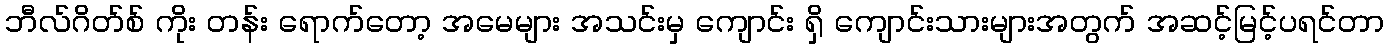
ဘီလ်ဂိတ်စ် ကိုး တန်း ရောက်တော့ အမေများ အသင်းမှ ကျောင်း ရှိ ကျောင်းသားများအတွက် အဆင့်မြင့်ပရင်တာ